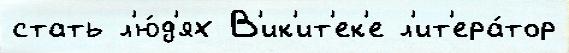
стать л'ю́д'ях В'ик'ит'ек'е л'ит'ера́тор